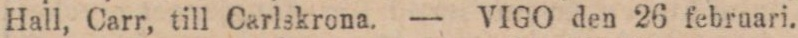
Hall, Carr, till Carlskrona. — VIGO den 26 februari.